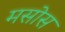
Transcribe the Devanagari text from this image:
मसोस